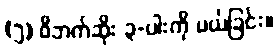
(၅) ဝိဘက်ဆိုး ၃-ပါးကို ပယ်ခြင်း။